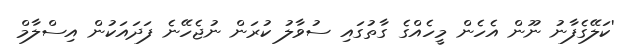
'ކަލޭގެފާނު ނޫން އެހެން މީހެއްގެ ގާތުގައި ސުވާލު ކުރަން ނުޖެހޭނެ ފަދައަކުން އިސްލާމް